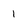
Character: 1